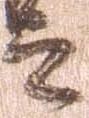
之